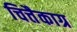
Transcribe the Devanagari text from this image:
चित्तैकाग्र